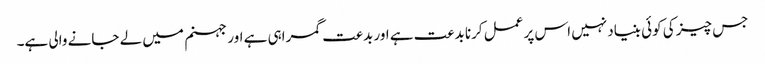
جس چیز کی کوئی بنیاد نہیں اس پر عمل کرنا بدعت ہے اور بدعت گمراہی ہے اور جہنم میں لے جانے والی ہے۔